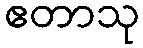
ဧတာသု